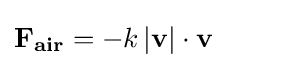
\mathbf {F_{air}} =-k\,|\mathbf {v} |\cdot \mathbf {v} \qquad